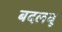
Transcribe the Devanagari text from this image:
बदलवू